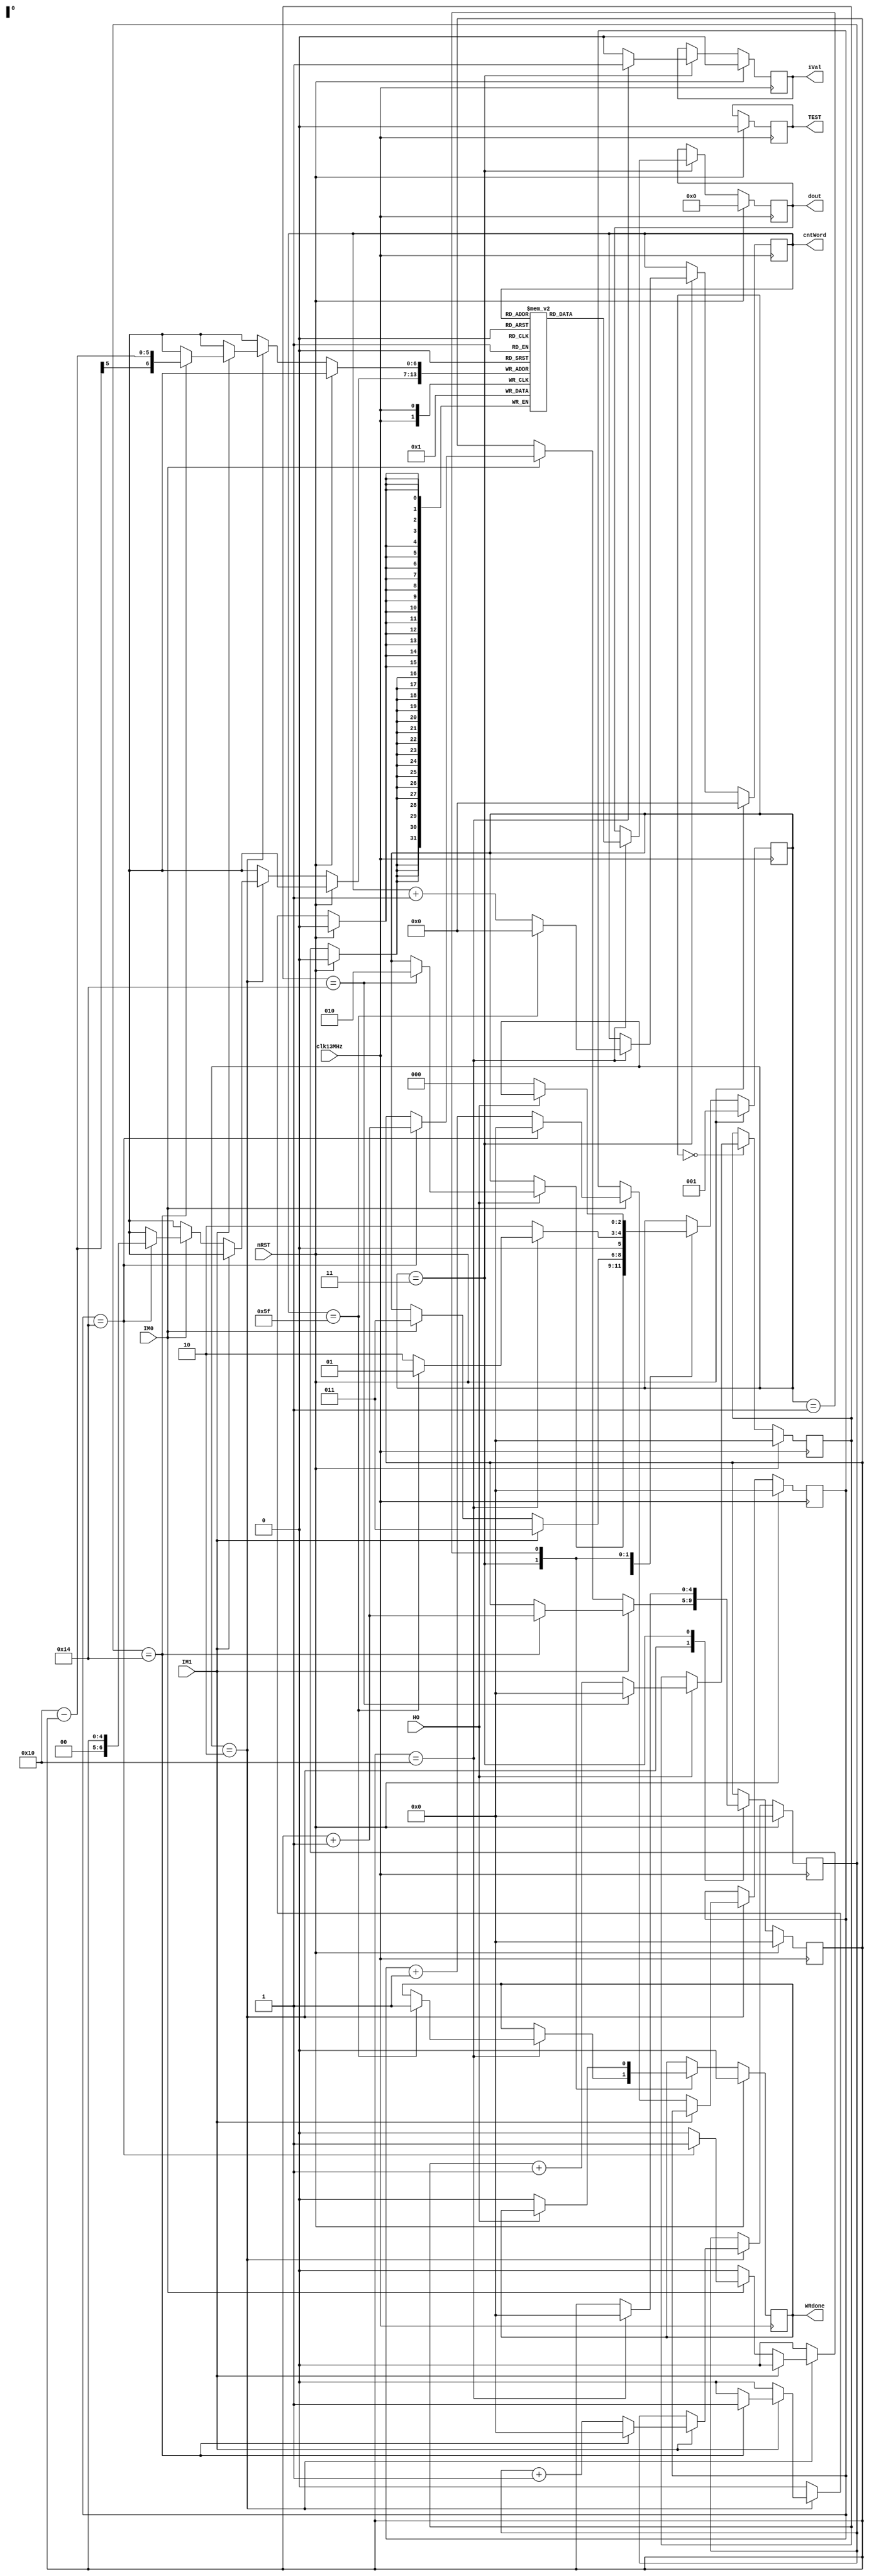
module receiverInform(clk13MHz, nRST, HO, IM1, IM0, dout, iVal, cntWord, WRdone, TEST);
input clk13MHz;
input nRST;
input HO;
input IM1;
input IM0;
output reg iVal;
output reg [15:0] dout;
output reg [6:0] cntWord;
output reg TEST;
output reg WRdone;
reg [4:0] cntHO;
reg [4:0] cntIM1;
reg [4:0] cntIM0;
reg [2:0] state;
reg [15:0] bufDat [0: 94];
reg [4:0] cnt16;
reg ack;
`define HOHIGH 0
`define WAITHO 1
`define IMWR 2
`define COUNTALL 3
`define FINAL 4

always@(posedge clk13MHz)
begin
	if(nRST) begin
		iVal <= 1'b0;
		dout <= 16'd0;
		cntWord <= 7'd0;
		cntHO <= 5'd0;
		cntIM1 <= 5'd0;
		cntIM0 <= 5'd0;
		state <= 3'd1;
//		bufDat <= 16'd0;
		cnt16 <= 5'd0;
		TEST <= 1'b0;
		ack <= 1'b0;
		WRdone <= 1'd0;
	end
	else
	case(state)
		`HOHIGH: begin
			if(HO == 1'b1) begin
				cntHO <= cntHO + 1'b1;
				if(cntHO == 5'd20) begin
					state <= `IMWR;
					cntHO <= 5'd0;
				end
			end

		end
		`IMWR: begin
			if(IM1 == 1'b1) begin
				state <= `COUNTALL;
				cntIM1 <= cntIM1 + 1'b1;
				if(cntIM1 == 5'd20) begin
					bufDat[5'd16-cnt16] <= 16'd1;
					cnt16 <= cnt16 + 1'b1;
					cntIM1 <= 5'd0;
				end
			end
			else if(IM0 == 1'b1) begin
				state <= `COUNTALL;
				cntIM0 <= cntIM0 + 1'b1;
				if(cntIM0 == 5'd20) begin
					bufDat[cnt16] <= 16'd0;
					cnt16 <= cnt16 + 1;
					cntIM0 <= 5'd0;
				end
			end
			
		end
		`COUNTALL: begin
			iVal <= 1'b0;
			state <= `IMWR;
			if(cnt16 == 5'd16) begin
				dout <= bufDat[cntWord];
				iVal <= 1'd1;
				cnt16 <= 5'd0;
				cntWord <=cntWord + 1'b1;
				if(cntWord == 7'd95) begin
	//				bufDat <= 16'd0;
					WRdone <= 1'd1;
					cntWord <= 7'd0;
					state <= `WAITHO;
				end
			end
		end
		`WAITHO:begin
			if( HO == 1'b0)begin
				WRdone <= 1'd0;
				state <= `HOHIGH;
			end
		end
	endcase
end
endmodule